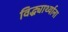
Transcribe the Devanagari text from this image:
विद्ध्यार्थ्याना